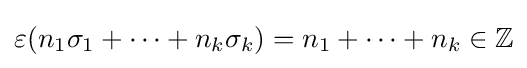
\varepsilon (n_{1}\sigma _{1}+\cdots +n_{k}\sigma _{k})=n_{1}+\cdots +n_{k}\in \mathbb {Z}